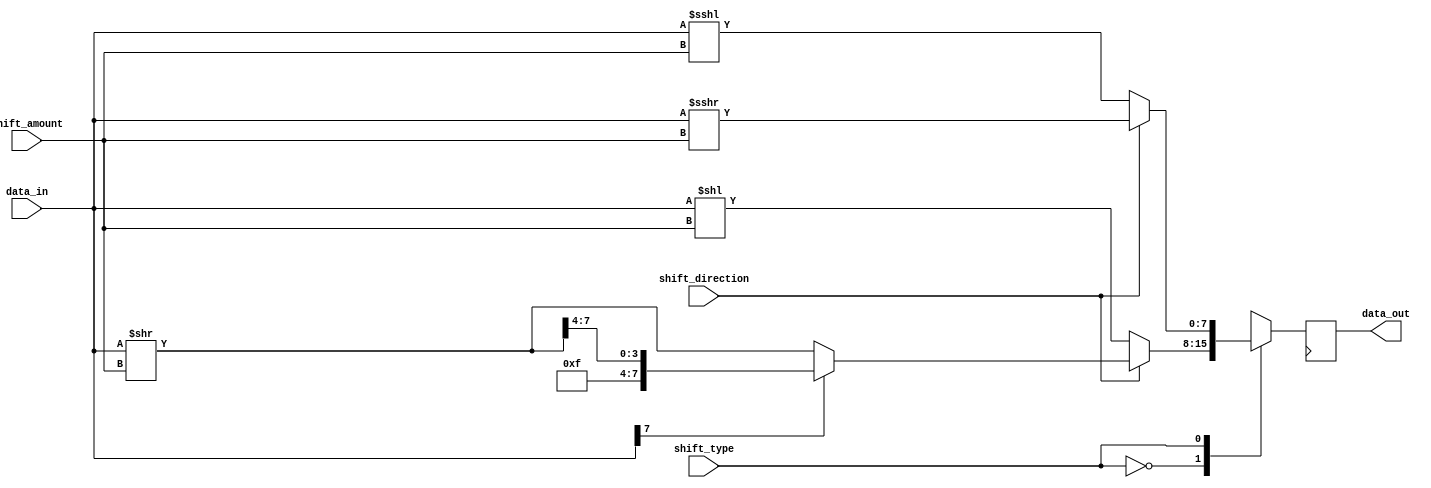
module HybridBarrelShifter(
    input wire [7:0] data_in,
    input wire [2:0] shift_amount,
    input wire shift_direction,
    input wire shift_type, // 0 for arithmetic, 1 for logical
    output reg [7:0] data_out
);

reg [7:0] temp;

always @(*) begin
    case(shift_type)
        0: begin // arithmetic shift
            if(shift_direction) begin // right shift
                temp = data_in >> shift_amount;
                if(data_in[7] == 1) // handle sign extension
                    temp = {4'b1111, temp[7:4]};
            end else begin // left shift
                temp = data_in << shift_amount;
            end
        end
        1: begin // logical shift
            if(shift_direction) begin // right shift
                temp = data_in >>> shift_amount;
            end else begin // left shift
                temp = data_in <<< shift_amount;
            end
        end
    endcase
end

always @(posedge clk) begin
    data_out <= temp;
end

endmodule